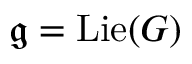
{ \mathfrak { g } } = \operatorname { L i e } ( G )